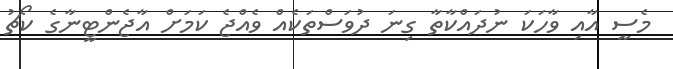
މެސީ އާއި ވާހަކަ ނުދައްކާތާ ގިނަ ދުވަސްތަކެއް ވެއްޖެ ކަމަށް އާޖެންޓީނާގެ ކޯޗު